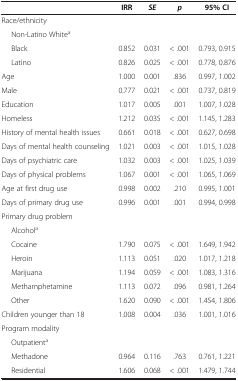
<table><thead><tr><td><b> </b></td><td><b>IRR</b></td><td><b><i>SE</i></b></td><td><b><i>p</i></b></td><td><b>95% CI</b></td></tr></thead><tbody><tr><td>Race/ethnicity</td><td> </td><td> </td><td> </td><td> </td></tr><tr><td>Non-Latino White<sup>a</sup></td><td> </td><td> </td><td> </td><td> </td></tr><tr><td>Black</td><td>0.852</td><td>0.031</td><td>&lt; .001</td><td>0.793, 0.915</td></tr><tr><td>Latino</td><td>0.826</td><td>0.025</td><td>&lt; .001</td><td>0.778, 0.876</td></tr><tr><td>Age</td><td>1.000</td><td>0.001</td><td>.836</td><td>0.997, 1.002</td></tr><tr><td>Male</td><td>0.777</td><td>0.021</td><td>&lt; .001</td><td>0.737, 0.819</td></tr><tr><td>Education</td><td>1.017</td><td>0.005</td><td>.001</td><td>1.007, 1.028</td></tr><tr><td>Homeless</td><td>1.212</td><td>0.035</td><td>&lt; .001</td><td>1.145, 1.283</td></tr><tr><td>History of mental health issues</td><td>0.661</td><td>0.018</td><td>&lt; .001</td><td>0.627, 0.698</td></tr><tr><td>Days of mental health counseling</td><td>1.021</td><td>0.003</td><td>&lt; .001</td><td>1.015, 1.028</td></tr><tr><td>Days of psychiatric care</td><td>1.032</td><td>0.003</td><td>&lt; .001</td><td>1.025, 1.039</td></tr><tr><td>Days of physical problems</td><td>1.067</td><td>0.001</td><td>&lt; .001</td><td>1.065, 1.069</td></tr><tr><td>Age at first drug use</td><td>0.998</td><td>0.002</td><td>.210</td><td>0.995, 1.001</td></tr><tr><td>Days of primary drug use</td><td>0.996</td><td>0.001</td><td>.001</td><td>0.994, 0.998</td></tr><tr><td>Primary drug problem</td><td> </td><td> </td><td> </td><td> </td></tr><tr><td>Alcohol<sup>a</sup></td><td> </td><td> </td><td> </td><td> </td></tr><tr><td>Cocaine</td><td>1.790</td><td>0.075</td><td>&lt; .001</td><td>1.649, 1.942</td></tr><tr><td>Heroin</td><td>1.113</td><td>0.051</td><td>.020</td><td>1.017, 1.218</td></tr><tr><td>Marijuana</td><td>1.194</td><td>0.059</td><td>&lt; .001</td><td>1.083, 1.316</td></tr><tr><td>Methamphetamine</td><td>1.113</td><td>0.072</td><td>.096</td><td>0.981, 1.264</td></tr><tr><td>Other</td><td>1.620</td><td>0.090</td><td>&lt; .001</td><td>1.454, 1.806</td></tr><tr><td>Children younger than 18</td><td>1.008</td><td>0.004</td><td>.036</td><td>1.001, 1.016</td></tr><tr><td>Program modality</td><td> </td><td> </td><td> </td><td> </td></tr><tr><td>Outpatient<sup>a</sup></td><td> </td><td> </td><td> </td><td> </td></tr><tr><td>Methadone</td><td>0.964</td><td>0.116</td><td>.763</td><td>0.761, 1.221</td></tr><tr><td>Residential</td><td>1.606</td><td>0.068</td><td>&lt; .001</td><td>1.479, 1.744</td></tr></tbody></table>